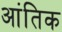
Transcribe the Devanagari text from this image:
आंतिक